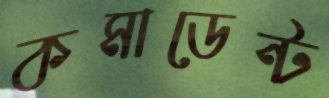
কমাডেন্ট